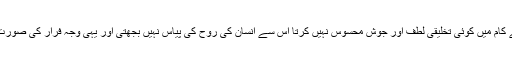
اسی لئے آج کا انسان اپنے کام میں کوئی تخلیقی لطف اور جوش محسوس نہیں کرتا اس سے انسان کی روح کی پیاس نہیں بجھتی اور یہی وجہ فرار کی صورت اور بہانے ڈھونڈتی ہے۔